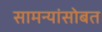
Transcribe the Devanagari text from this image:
सामन्यांसोबत